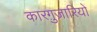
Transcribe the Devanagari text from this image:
कारग़ुज़ारियों